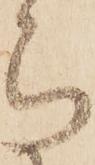
被